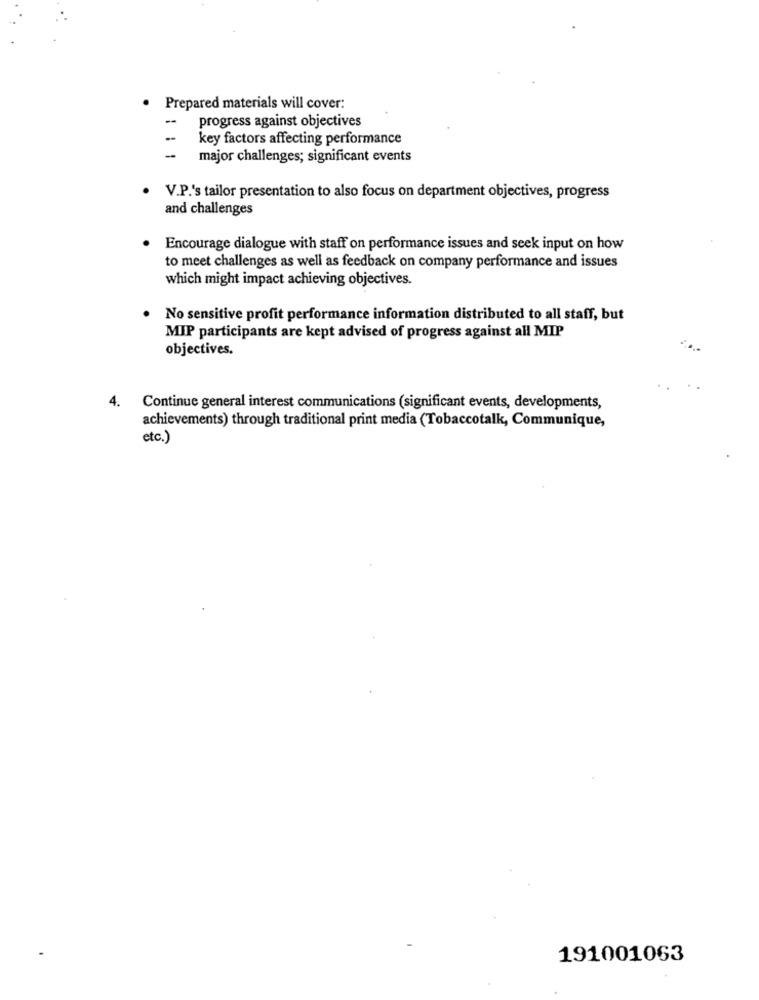
Prepared materials will cover:
--
progress against objectives
--
key factors affecting performance
-
major challenges; significant events
V.P.'s tailor presentation to also focus on department objectives, progress
and challenges
Encourage dialogue with staff on performance issues and seek input on how
to meet challenges as well as feedback on company performance and issues
which might impact achieving objectives.
No sensitive profit performance information distributed to all staff, but
MIP participants are kept advised of progress against all MIP
objectives.
4. Continue general interest communications (significant events, developments,
achievements) through traditional print media (Tobaccotalk, Communique,
etc.)
191001063